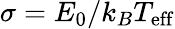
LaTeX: \sigma=E_{0}/k_{B}T_{\mathrm{eff}}